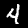
Label: 4